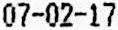
07-02-17